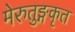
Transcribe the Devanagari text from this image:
मेरुतुङ्गकृत